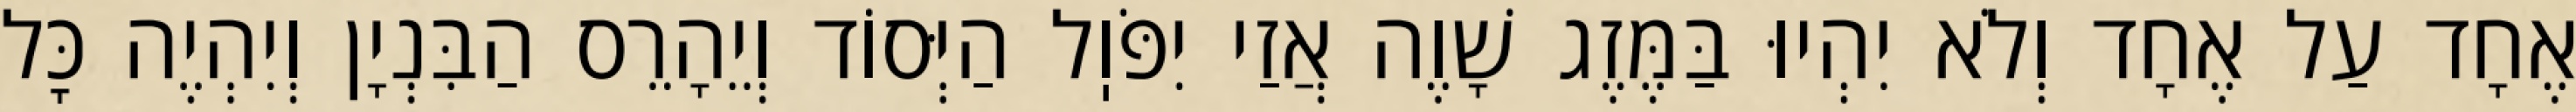
אֶחָד עַל אֶחָד וְלֹא יִהְיוּ בַּמֶּזֶג שָׁוֶה אֲזַי יִפֹּוֽל הַיְּסוֹד וְיֵהָרֵס הַבִּנְיָן וְיִהְיֶה כׇּל